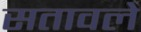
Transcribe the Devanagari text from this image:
सतावले